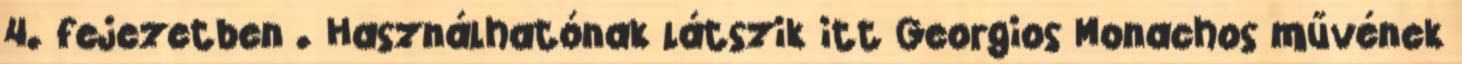
4. fejezetben . Használhatónak látszik itt Georgios Monachos művének